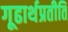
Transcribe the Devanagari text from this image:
गूढार्थप्रतीति